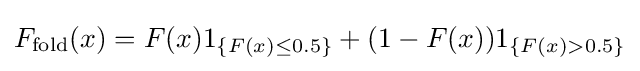
F_{\text{fold}}(x)=F(x)1_{\{F(x)\leq 0.5\}}+(1-F(x))1_{\{F(x)>0.5\}}